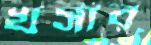
খসার